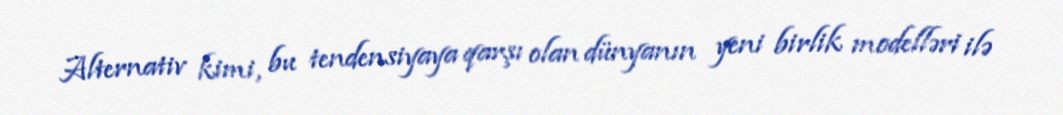
Alternativ kimi, bu tendensiyaya qarşı olan dünyanın yeni birlik modelləri ilə